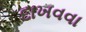
દાખવવા